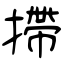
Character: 摕